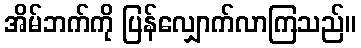
အိမ်ဘက်ကို ပြန်လျှောက်လာကြသည်။